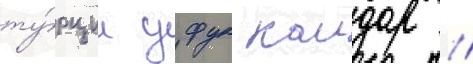
ту́рции уфук каидар //